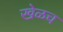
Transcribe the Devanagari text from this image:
खेळच